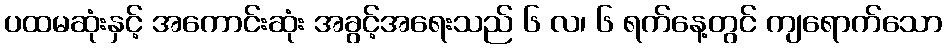
ပထမဆုံးနှင့် အကောင်းဆုံး အခွင့်အရေးသည် ၆ လ၊ ၆ ရက်နေ့တွင် ကျရောက်သော